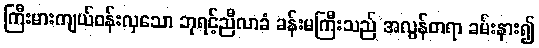
ကြီးမားကျယ်ဝန်းလှသော ဘုရင့်ညီလာခံ ခန်းမကြီးသည် အလွန်တရာ ခမ်းနား၍